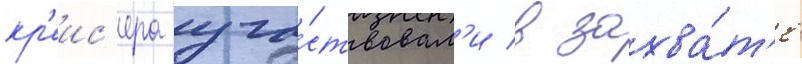
кр'еис'ера уча́ствовал'и в захва́т'е